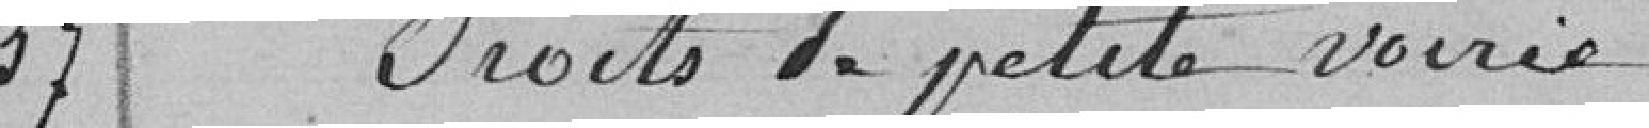
27 Droits de petite voierie